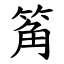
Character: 䇶